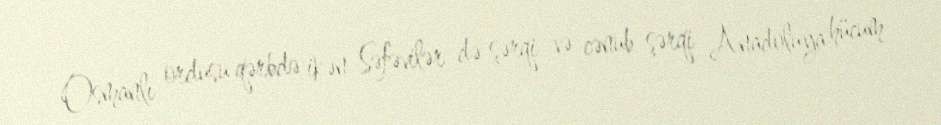
Osmanlı ordusu qərbdə ikən Səfəvilər də şərqi və cənub-şərqi Anadoluya hücum